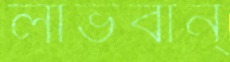
লাভবান্‌